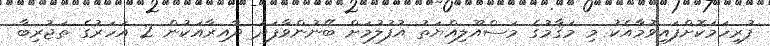
ފުރިހަމަކޮށްފައިވުމާއެކު މި މަޤާމުގެ މަސްއޫލިއްޔަތު އުފުލުމަށް ބޭނުންވާފަދަ ދާއިރާއަކުން 2 އަހަރުގެ ތަޖުރިބާ